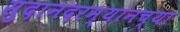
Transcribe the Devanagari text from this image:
सुदानदरम्यानच्या